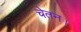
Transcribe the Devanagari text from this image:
चेतन।